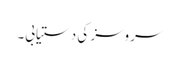
سروسز کی دستیابی۔